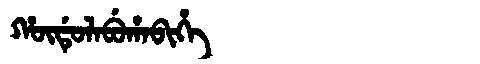
Manchu: ᡥᡡᡩᡠᠯᠠᠪᡠᡥᠠᠪᡳᡥᡝ
Romanization: HŪDULABUHABIHE